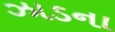
ઝાડના